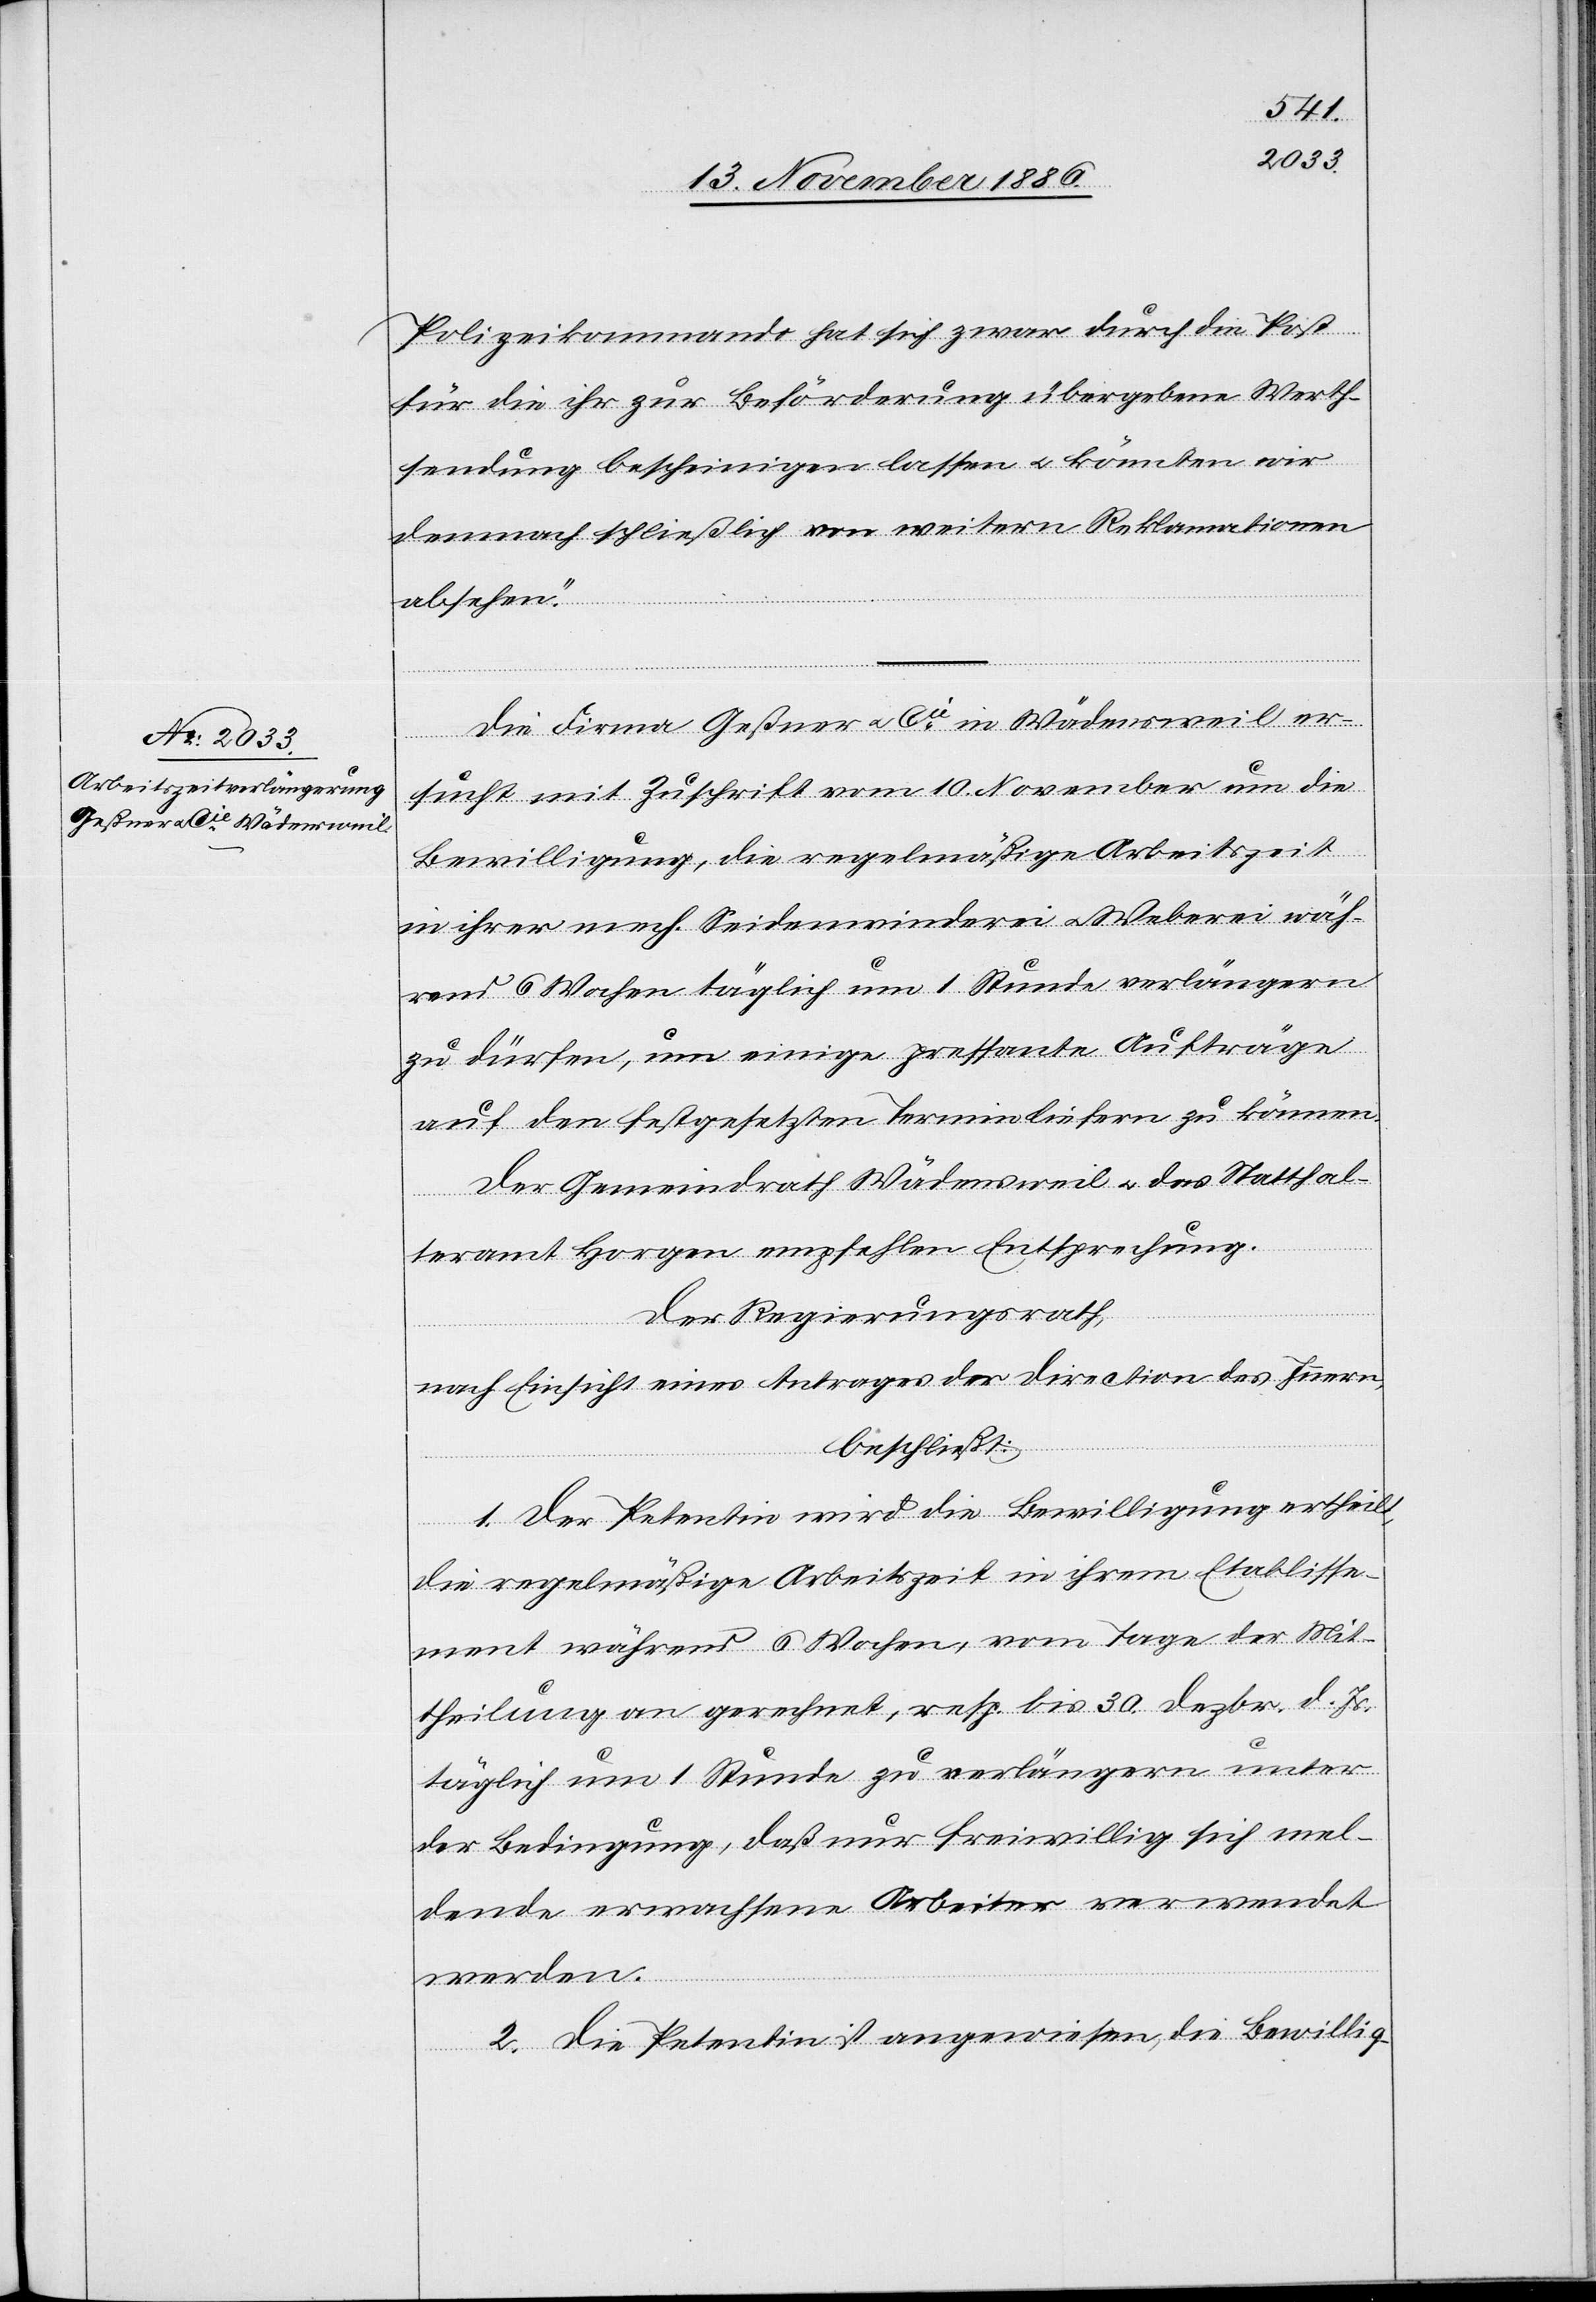
15. November 1886.]
Polizeikommando hat sich zwar durch die Post
für die ihr zur Beförderung übergebene Werth¬
sendung bescheinigen lassen & könnten wir
demnach schließlich von weitern Reklamationen
absehen.“
Die Firma Geßner & Cie in Wädensweil er¬
sucht mit Zuschrift vom 10. November um die
Bewilligung, die regelmäßige Arbeitszeit
in ihrer mech. Seidenwinderei & Weberei wäh¬
rend 6 Wochen täglich um 1 Stunde verlängern
zu dürfen, um einige pressante Aufträge
an den festgesetzten Termin liefern zu können.
Der Gemeindrath Wädensweil & das Statthal¬
teramt Horgen empfehlen Entsprechung.
Der Regierungsrath,
nach Einsicht eines Antrages der Direction des Innern,
beschließt:
1. Der Petentin wird die Bewilligung ertheilt,
die regelmäßige Arbeitszeit in ihrem Etablisse¬
ment während 6 Wochen, vom Tage der Mit¬
theilung an gerechnet, resp. bis 30. Dezbr. d. Js.
täglich um 1 Stunde zu verlängern unter
der Bedingung, daß nur freiwillig sich mel¬
dende erwachsene Arbeiter verwendet
werden.
2. Die Petentin ist angewiesen, die Bewillig-